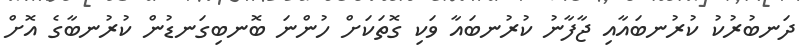
ދަނބުރުކު ކުރުނބައާއި ޖާފާނު ކުރުނބައާ ވަކި ގޮތަކަށް ހުންނަ ބޮނބިގަނޑުން ކުރުނބާގެ އޮށް